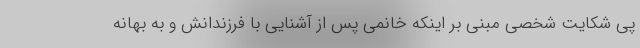
پی شکایت شخصی مبنی بر اینکه خانمی پس از آشنایی با فرزندانش و به بهانه